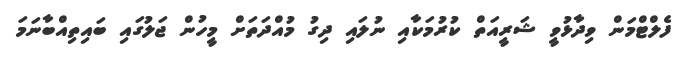
ފެލްޓްމަން ވިދާޅުވީ ޝަރީއަތް ކުރުމަކާއި ނުލައި ދިގު މުއްދަތަށް މީހުން ޖަލުގައި ބައިތިއްބާނަމަ